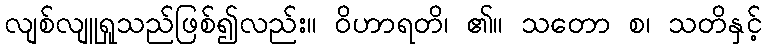
လျစ်လျူရှုသည်ဖြစ်၍လည်း။ ဝိဟာရတိ၊ ၏။ သတော စ၊ သတိနှင့်